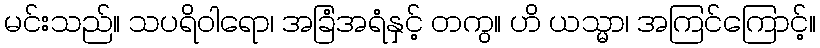
မင်းသည်။ သပရိဝါရော၊ အခြံအရံနှင့် တကွ။ ဟိ ယသ္မာ၊ အကြင်ကြောင့်။